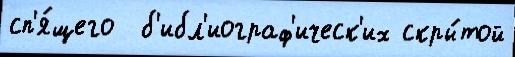
сп'я́щего  б'ибл'иограф'ическ'их скры́той